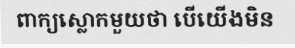
ពាក្យស្លោកមួយថា បើយើងមិន